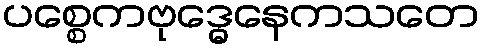
ပစ္စေကဗုဒ္ဓေနေကသတေ